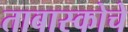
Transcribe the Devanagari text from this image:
ताबास्कोचे